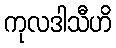
ကုလဒါသီဟိ